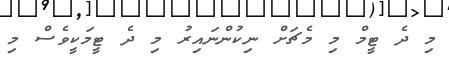
މި ދެ ޓީމް މި މެޗަށް ނިކުންނައިރު މި ދެ ޓީމަކީވެސް މި